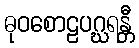
ဓုဝစောဠပဂ္ဃရန္တီ